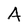
Character: A